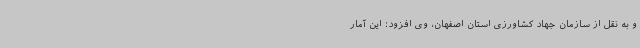
و به نقل از سازمان جهاد کشاورزی استان اصفهان، وی افزود: این آمار